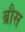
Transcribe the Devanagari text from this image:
ब्रौस